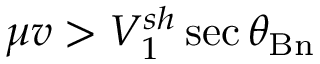
\mu v > V _ { 1 } ^ { s h } \sec { \theta _ { \mathrm { B n } } }